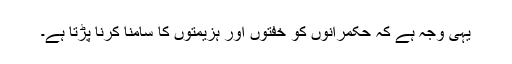
یہی وجہ ہے کہ حکمرانوں کو خفتوں اور ہزیمتوں کا سامنا کرنا پڑتا ہے۔